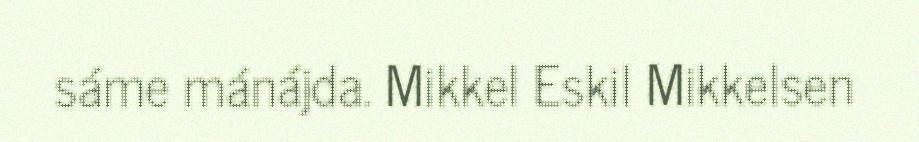
sáme mánájda. Mikkel Eskil Mikkelsen